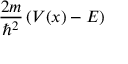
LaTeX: { \frac { 2 m } { \hbar ^ { 2 } } } \left( V ( x ) - E \right)